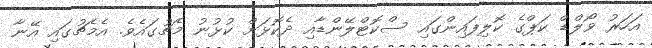
އަހަރު ވޯލްޑް ކަޕްގެ ކޮލިފައިންގައި ސްކޮޓްލޭންޑާއި ދެކޮޅަށް ކުޅުނު މެޗުގައެވެ. އެމެޗުގައި އޭނާ